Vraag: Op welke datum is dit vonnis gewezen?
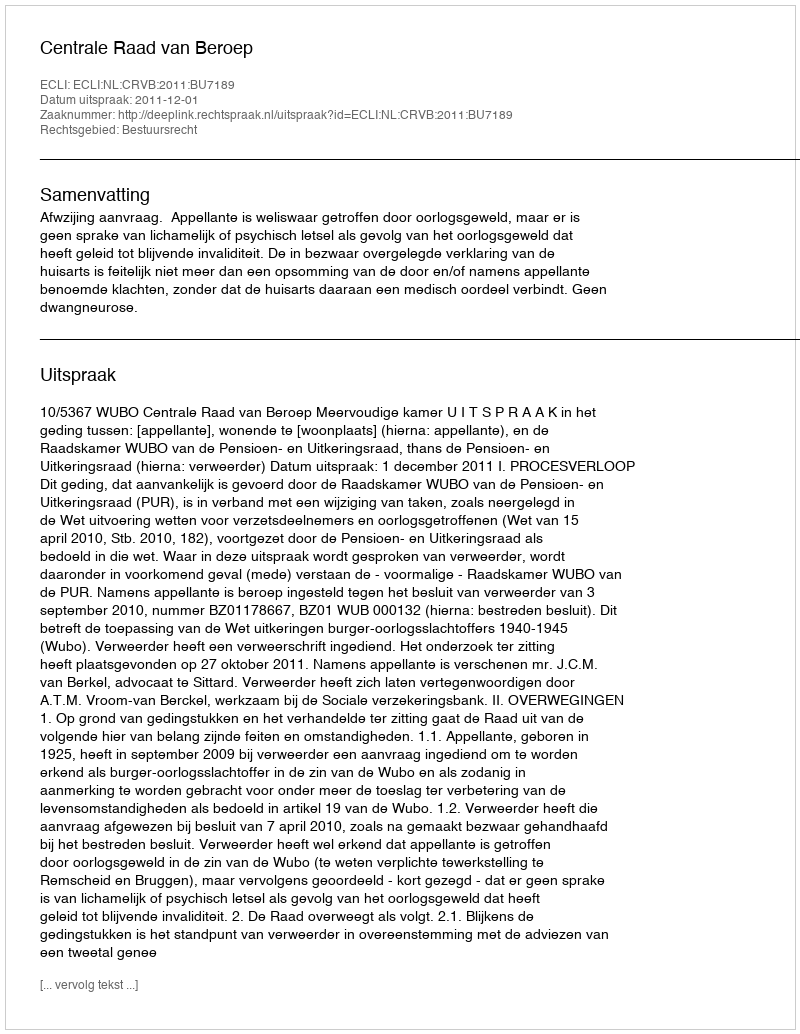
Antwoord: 2011-12-01